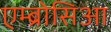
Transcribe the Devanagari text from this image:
एम्ब्रोसिआ